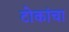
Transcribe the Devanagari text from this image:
टोकांचा